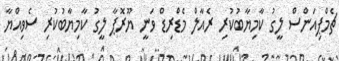
ޗެމްޕިއަންސް ލީގު ކާމިޔާބުކުރި ރެއާލް މެޑްރިޑް ވަނީ ޔޫރޮޕާ ލީގު ކާމިޔާބުކުރި ސެވިއްޔާ